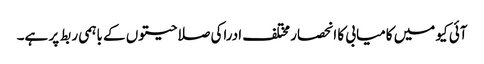
آئی کیو میں کامیابی کا انحصار مختلف ادراکی صلاحیتوں کے باہمی ربط پر ہے۔